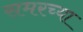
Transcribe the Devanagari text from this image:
समरच्या